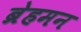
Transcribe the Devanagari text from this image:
ब्रेहमन